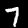
Digit: 7